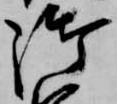
御